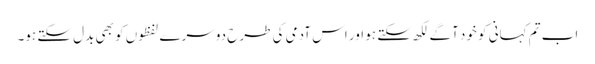
اب تم کہانی کو خود آگے لکھ سکتے ہو اور اس آدمی کی طرح دوسرے لفظوں کو بھی بدل سکتے ہو۔